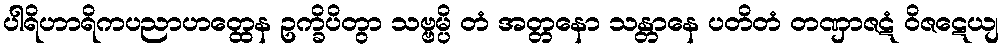
ပါရိဟာရိကပညာဟတ္ထေန ဥက္ခိပိတွာ သဗ္ဗမ္ပိ တံ အတ္တနော သန္တာနေ ပတိတံ တဏှာဇဋံ ဝိဇဋေယျ